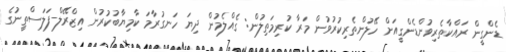
ޑެންގީން ރައްކާތެރިވުންޑެންގީއަށް ހޭލުންތެރިކުރުވުން މަރާ ކުރިމަތިލުން: ގެއްލެމުން ދިޔަ ހަނގުރާމަ ކާމިޔާބުކުރުން އިޒްރޭލް-ފަލަސްތީނުގެ